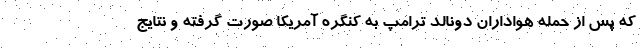
که پس از حمله هواداران دونالد ترامپ به کنگره آمریکا صورت گرفته و نتایج